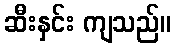
ဆီးနှင်း ကျသည်။